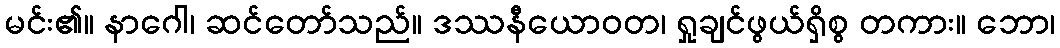
မင်း၏။ နာဂေါ၊ ဆင်တော်သည်။ ဒဿနီယောဝတ၊ ရှုချင်ဖွယ်ရှိစွ တကား။ ဘော၊